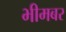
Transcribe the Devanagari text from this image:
भीमबर